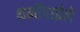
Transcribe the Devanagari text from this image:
थर्मोपाईले